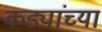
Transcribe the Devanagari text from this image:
कड्यांच्या